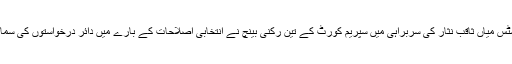
چیف جسٹس میاں ثاقب نثار کی سربراہی میں سپریم کورٹ کے تین رکنی بینچ نے انتخابی اصلاحات کے بارے میں دائر درخواستوں کی سماعت کی۔